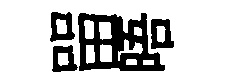
㽞晤